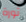
ثورة